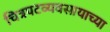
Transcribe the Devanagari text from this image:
चित्रपटव्यवसायाच्या